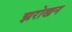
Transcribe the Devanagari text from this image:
झरोखन